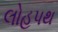
લોહપથ